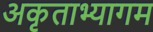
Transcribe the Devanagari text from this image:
अकृताभ्यागम